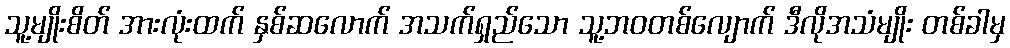
သူ့မျိုးစိတ် အားလုံးထက် နှစ်ဆလောက် အသက်ရှည်သော သူ့ဘဝတစ်လျောက် ဒီလိုအသံမျိုး တစ်ခါမှ